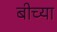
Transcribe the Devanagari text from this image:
बीच्या